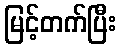
မြင့်တက်ပြီး